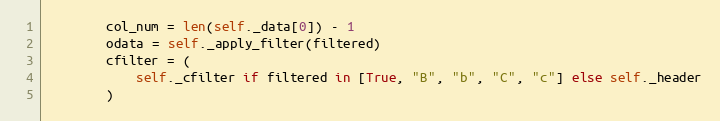
Language: Python
        col_num = len(self._data[0]) - 1
        odata = self._apply_filter(filtered)
        cfilter = (
            self._cfilter if filtered in [True, "B", "b", "C", "c"] else self._header
        )